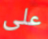
على